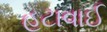
હટાવાઈ